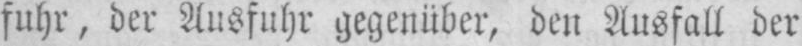
fuhr, der Ausfuhr gegenüber, den Ausfall der